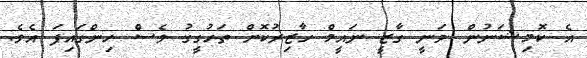
އެ ކޮމިޝަނުން ވަނީ ގާޒީ ނައީމް ހާޒިރުކޮށް ތަހުގީގު ވެސް ހިންގައިފަ އެވެ.